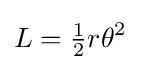
L={\tfrac {1}{2}}r\theta ^{2}